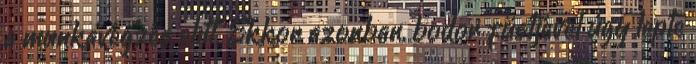
a munkavégzés elıtt. Ekkor azonban, bodor füstjével úgy lepte